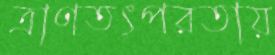
ত্রাণতৎপরতায়